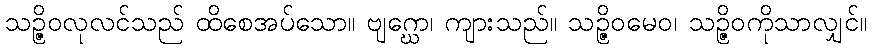
သဉ္ဇိဝလုလင်သည် ထိစေအပ်သော။ ဗျဂ္ဃော၊ ကျားသည်။ သဉ္ဇိဝမေဝ၊ သဉ္ဇိဝကိုသာလျှင်။